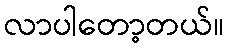
လာပါတော့တယ်။